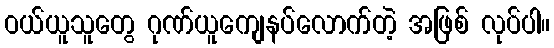
ဝယ်ယူသူတွေ ဂုဏ်ယူကျေနပ်လောက်တဲ့ အဖြစ် လုပ်ပါ။